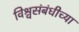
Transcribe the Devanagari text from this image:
विश्वसंबंधीच्या